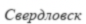
Свердловск